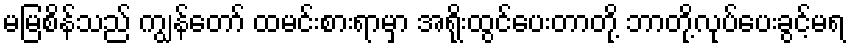
မမြစိန်သည် ကျွန်တော် ထမင်းစားရာမှာ အရိုးထွင်ပေးတာတို့ ဘာတို့လုပ်ပေးခွင့်မရ